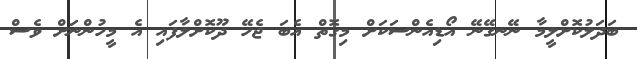
ބަދަލުކޮށްލީމާ ނޭނގޭނޭ އޯޑިއެންސަކަށް މިގޮތް އެބަ ޖެހޭ ދޫކޮށްލާފައި އެ މީހުންނަށް ވެސް